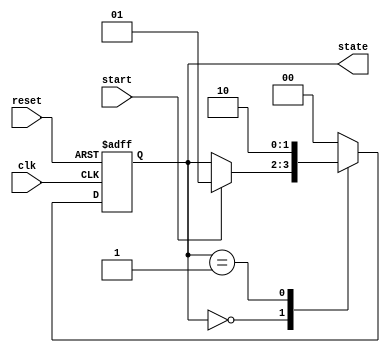
module simple_fsm (
    input wire clk,          // Clock input
    input wire reset,        // Reset input
    input wire start,        // Start signal
    output reg [1:0] state   // 2-bit state output
);

// State encoding
localparam IDLE    = 2'b00;
localparam RUNNING = 2'b01;
localparam DONE    = 2'b10;

initial begin
    state = IDLE; // Initialize state
end

// Event control block for state machine
always @(posedge clk or posedge reset) begin
    if (reset) begin
        state <= IDLE; // Reset state to IDLE
    end else begin
        case (state)
            IDLE: begin
                if (start) begin
                    state <= RUNNING; // Transition to RUNNING state
                end
            end
            
            RUNNING: begin
                // Simulate some processing
                // After some condition, transition to DONE
                state <= DONE; // Transition to DONE state
            end
            
            DONE: begin
                // Stay in DONE state or reset based on some condition
                // For this example, we will go back to IDLE
                state <= IDLE; // Transition back to IDLE state
            end
            
            default: state <= IDLE; // Default case to prevent latches
        endcase
    end
end

endmodule